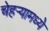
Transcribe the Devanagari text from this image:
चेहर्‍यामध्ये